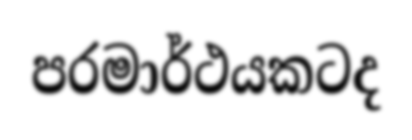
පරමාර්ථයකටද